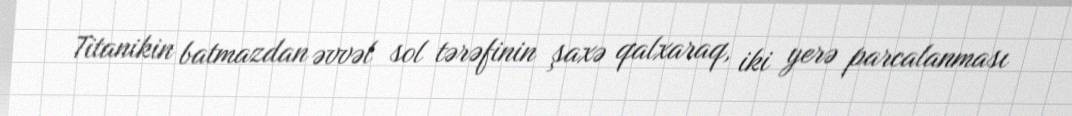
Titanikin batmazdan əvvəl sol tərəfinin şaxə qalxaraq, iki yerə parcalanması